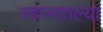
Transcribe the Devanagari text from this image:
स्वप्नातल्या